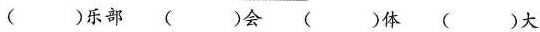
()乐部()会()体()大